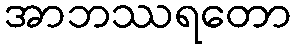
အာဘဿရတော